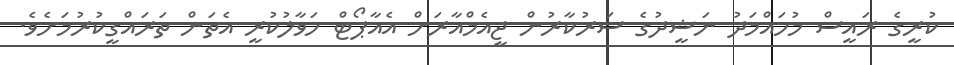
ކުރީގެ ރައީސް މުހައްމަދު ނަޝީދުގެ ސަރުކާރުން ޖީއެމްއާރަށް އެއާޕޯޓް ހަވާލުކުރީ އެތަން ތަރައްގީކުރުމަށެވެ.